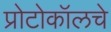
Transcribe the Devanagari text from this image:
प्रोटोकॉलचे